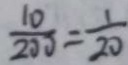
\frac { 1 0 } { 2 0 0 } = \frac { 1 } { 2 0 }